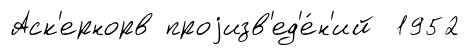
Аск'ернорв проjизв'ед'е́н'ий 1952